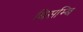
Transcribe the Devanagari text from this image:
बिसम्बि